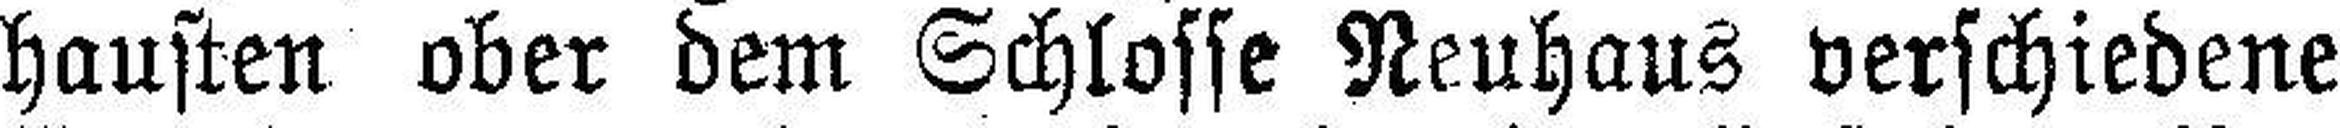
hausten ober dem Schlosse Neuhaus verschiedene